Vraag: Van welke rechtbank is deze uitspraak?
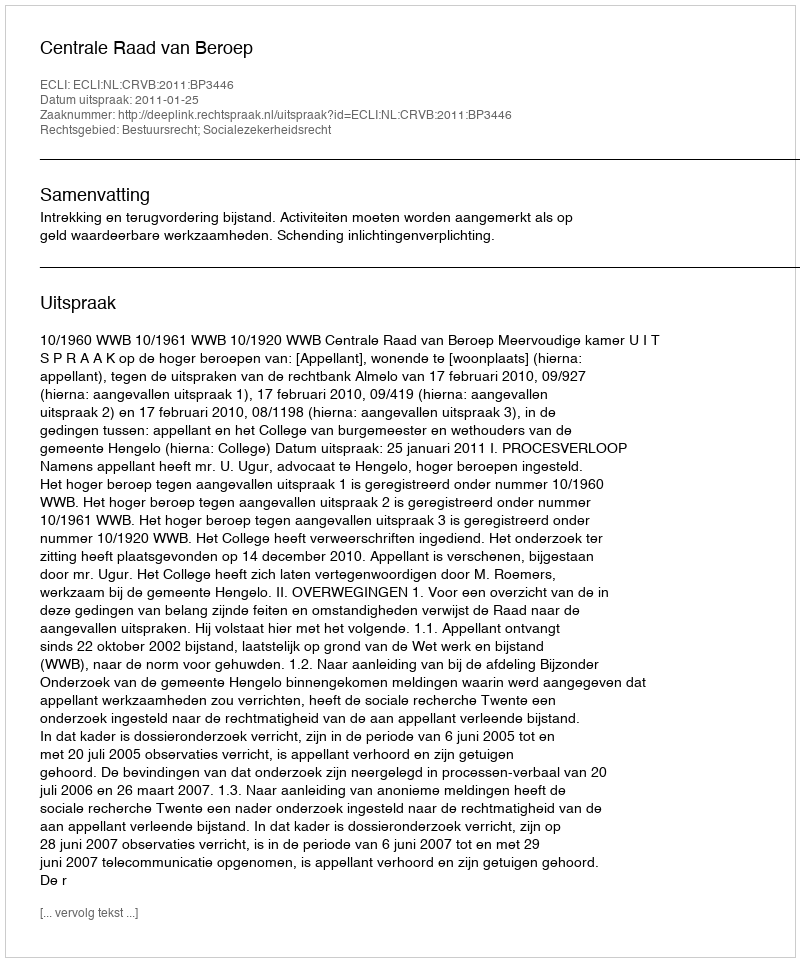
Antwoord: Centrale Raad van Beroep